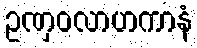
ဥဏှဝလာဟကာနံ